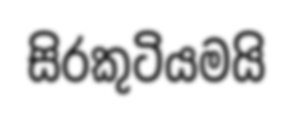
සිරකුටියමයි